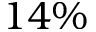
1 4 \%